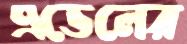
এভেলের